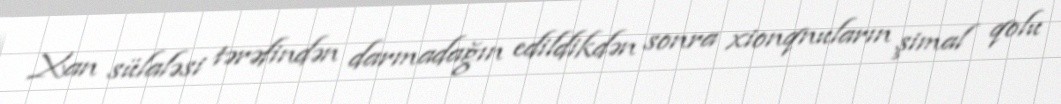
Xan sülaləsi tərəfindən darmadağın edildikdən sonra xionqnuların şimal qolu